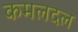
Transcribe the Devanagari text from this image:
कमलदल